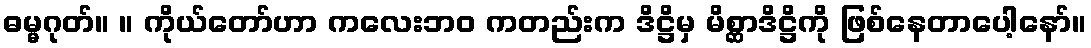
ဓမ္မဂုတ်။ ။ ကိုယ်တော်ဟာ ကလေးဘဝ ကတည်းက ဒိဋ္ဌိမှ မိစ္ဆာဒိဋ္ဌိကို ဖြစ်နေတာပေါ့နော်။